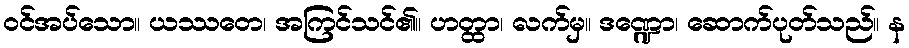
ဝင်အပ်သော။ ယဿတေ၊ အကြင်သင်၏။ ဟတ္ထာ၊ လက်မှ။ ဒဏ္ဍော၊ ဆောက်ပုတ်သည်။ န